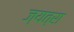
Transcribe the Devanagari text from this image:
ज्यत्रा